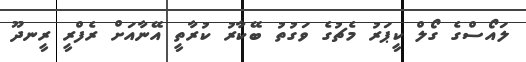
ލައޯސްގެ ގޯލް ކީޕަރު މެޗުގެ ވަގުތު ބޭކާރު ކުރާތީ އޭނާއަށް ރެފްރީ ރީނދޫ